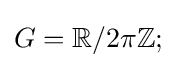
G=\mathbb {R} /2\pi \mathbb {Z} ;